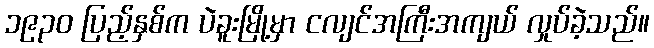
၁၉၃၀ ပြည့်နှစ်က ပဲခူးမြို့မှာ ငလျင်အကြီးအကျယ် လှုပ်ခဲ့သည်။